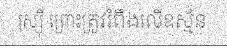
រុស្ស៊ី ព្រោះត្រូវរំពឹងលើឧស្ម័ន